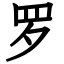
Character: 罗